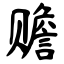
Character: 赡